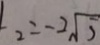
2 = - 2 \sqrt { 5 }